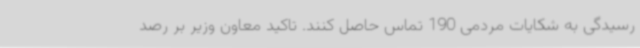
رسیدگی به‌ شکایات مردمی 190 تماس حاصل کنند. تاکید معاون وزیر بر رصد